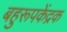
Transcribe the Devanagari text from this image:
बहुरूपकेंद्रक